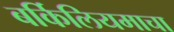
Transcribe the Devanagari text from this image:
बर्किलियमाचा